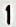
1